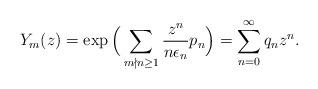
LaTeX: \begin{align*}Y_m(z)=\exp\Big(\sum_{m\nmid n\geq1}\frac{z^n}{n\epsilon_n}p_n\Big)=\sum_{n=0}^{\infty} q_{n} z^n.\end{align*}